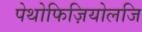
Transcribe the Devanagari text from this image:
पेथोफिज़ियोलजि